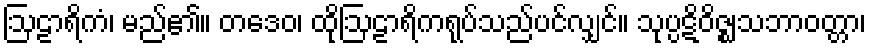
ဩဠာရိကံ၊ မည်၏။ တဒေဝ၊ ထိုဩဠာရိကရုပ်သည်ပင်လျှင်။ သုပ္ပဋိဝိဇ္ဈသဘာဝတ္တာ၊